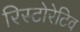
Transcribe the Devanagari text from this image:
रिस्टोरेटिव